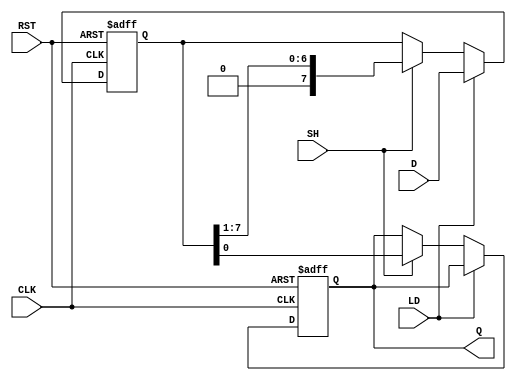
module PISO_Register #(
    parameter n = 8  // Parameter for the number of bits
)(
    input  wire [n-1:0] D,   // Parallel data input
    input  wire LD,          // Load control signal
    input  wire SH,          // Shift control signal
    input  wire CLK,         // Clock signal
    input  wire RST,         // Asynchronous reset
    output reg  Q            // Serial output
);

reg [n-1:0] shift_reg;      // Internal shift register

// Asynchronous reset and loading/shifting operations
always @(posedge CLK or posedge RST) begin
    if (RST) begin
        // Clear the shift register on reset
        shift_reg <= {n{1'b0}}; // Set all bits to 0
        Q <= 1'b0;              // Ensure output is also reset
    end else begin
        if (LD) begin
            // Load data into the register
            shift_reg <= D;
        end else if (SH) begin
            // Shift operation
            Q <= shift_reg[0];             // Output the LSB
            shift_reg <= {1'b0, shift_reg[n-1:1]}; // Shift right
        end
    end
end

endmodule